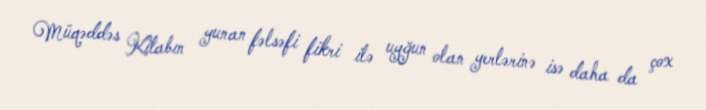
Müqəddəs Kitabın yunan fəlsəfi fikri ilə uyğun olan yerlərinə isə daha da çox